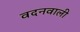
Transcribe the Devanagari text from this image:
वदनवाली